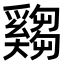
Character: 𤕂